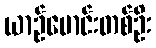
ယာဉ်မောင်းတစ်ဦး